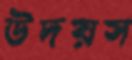
উদয়স